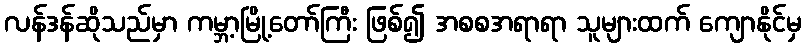
လန်ဒန်ဆိုသည်မှာ ကမ္ဘာ့မြို့တော်ကြီး ဖြစ်၍ အစစအရာရာ သူများထက် ကျောနိုင်မှ